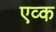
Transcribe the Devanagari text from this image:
एव्क